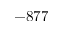
- 8 7 7